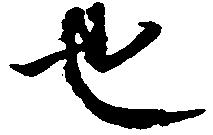
也